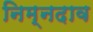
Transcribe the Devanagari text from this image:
निम्नदाव